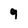
Character: 9